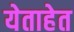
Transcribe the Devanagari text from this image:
येताहेत